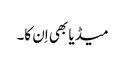
میڈیا بھی اِن کا۔